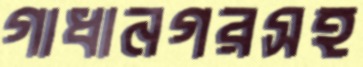
গাধানগরসহ